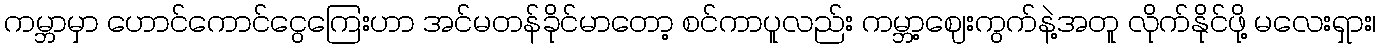
ကမ္ဘာမှာ ဟောင်ကောင်ငွေကြေးဟာ အင်မတန်ခိုင်မာတော့ စင်ကာပူလည်း ကမ္ဘာ့ဈေးကွက်နဲ့အတူ လိုက်နိုင်ဖို့ မလေးရှား၊